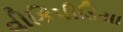
વીકિપીડિયા